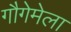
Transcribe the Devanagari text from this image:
गौगेमेला